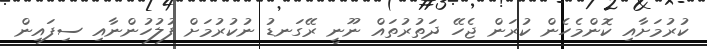
ކުރުމަށާއި ކޮންމެހެން ކުރަން ޖެހޭ ދަތުރުތައް ނޫނީ ރޭގަނޑު ނުކުރުމަށް ފުލުހުންނާއި ސިފައިން